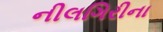
નીલગિરીના